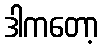
ဒါကတော့